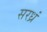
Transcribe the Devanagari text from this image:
सरध्रं